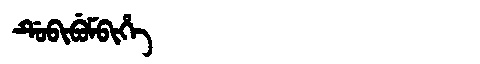
Manchu: ᡩᡠᠪᡳᠪᡠᠮᠪᡳᡥᡝ
Romanization: DUBIBUMBIHE